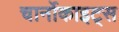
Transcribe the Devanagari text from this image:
चार्नोकाइट्स